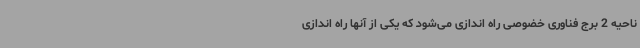
ناحیه 2 برج فناوری خضوصی راه اندازی می‌شود که یکی از آنها راه اندازی